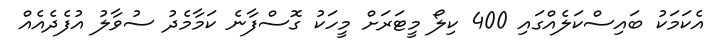
އެކަމަކު ބައިސްކަލެއްގައި 400 ކިލޯ މީޓަރަށް މީހަކު ގޮސްފާނެ ކަމާމެދު ސުވާލު އުފެދެއެއް